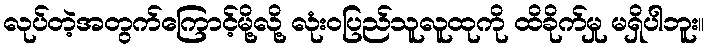
လုပ်တဲ့အတွက်ကြောင့်မို့လို့ လုံးဝပြည်သူလူထုကို ထိခိုက်မှု မရှိပါဘူး။